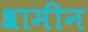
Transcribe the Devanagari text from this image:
श्रामीन